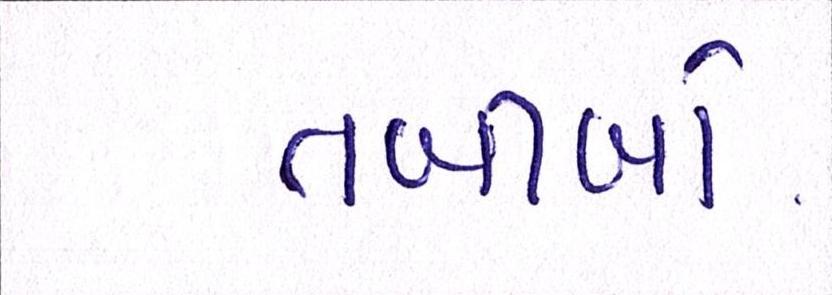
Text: તબીબો